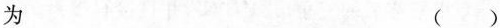
为()